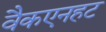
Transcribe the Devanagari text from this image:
वैकएनहट